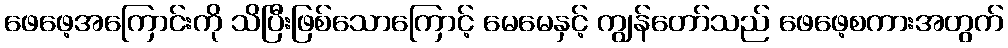
ဖေဖေ့အကြောင်းကို သိပြီးဖြစ်သောကြောင့် မေမေနှင့် ကျွန်တော်သည် ဖေဖေ့စကားအတွက်